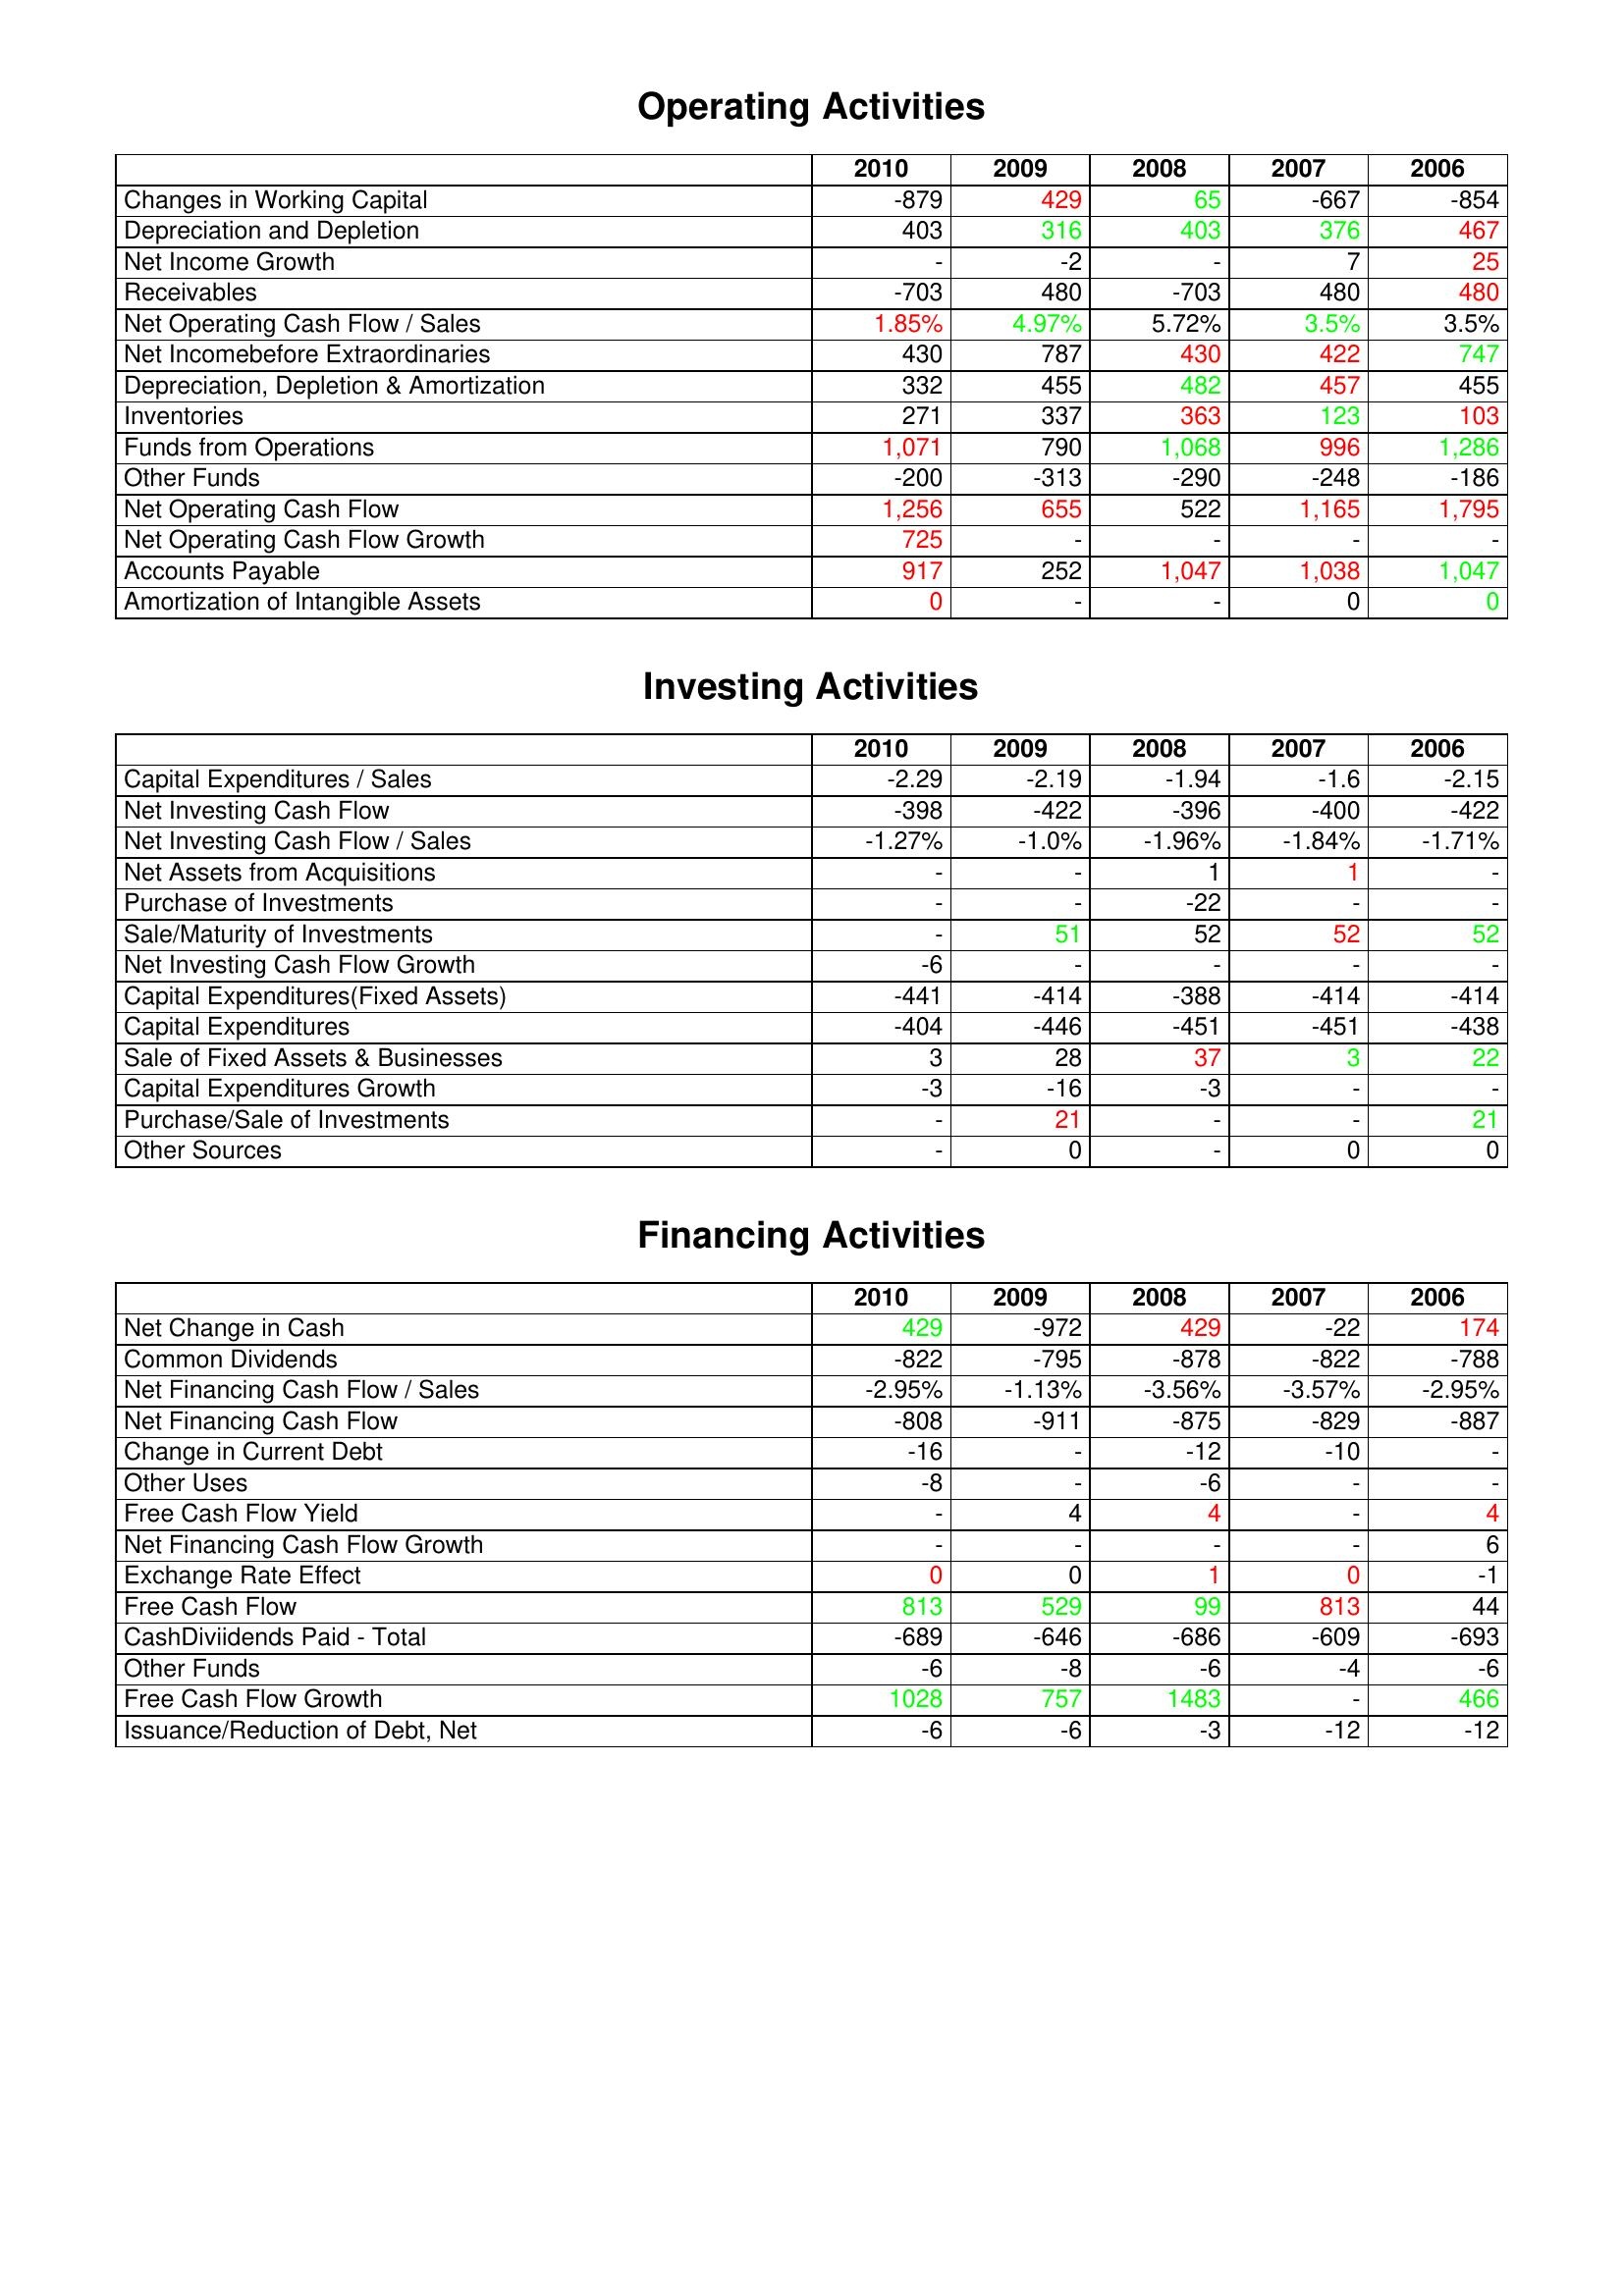
gt_parse: 2010: Operating Activities: Changes in Working Capital: -879
Depreciation and Depletion: 403
Net Income Growth: -
Receivables: -703
Net Operating Cash Flow / Sales: 1.85%
Net Incomebefore Extraordinaries: 430
Depreciation, Depletion & Amortization: 332
Inventories: 271
Funds from Operations: 1,071
Other Funds: -200
Net Operating Cash Flow: 1,256
Net Operating Cash Flow Growth: 725
Accounts Payable: 917
Amortization of Intangible Assets: 0
Investing Activities: Capital Expenditures / Sales: -2.29
Net Investing Cash Flow: -398
Net Investing Cash Flow / Sales: -1.27%
Net Assets from Acquisitions: -
Purchase of Investments: -
Sale/Maturity of Investments: -
Net Investing Cash Flow Growth: -6
Capital Expenditures(Fixed Assets): -441
Capital Expenditures: -404
Sale of Fixed Assets & Businesses: 3
Capital Expenditures Growth: -3
Purchase/Sale of Investments: -
Other Sources: -
Financing Activities: Net Change in Cash: 429
Common Dividends: -822
Net Financing Cash Flow / Sales: -2.95%
Net Financing Cash Flow: -808
Change in Current Debt: -16
Other Uses: -8
Free Cash Flow Yield: -
Net Financing Cash Flow Growth: -
Exchange Rate Effect: 0
Free Cash Flow: 813
CashDiviidends Paid - Total: -689
Other Funds: -6
Free Cash Flow Growth: 1028
Issuance/Reduction of Debt, Net: -6
2009: Operating Activities: Changes in Working Capital: 429
Depreciation and Depletion: 316
Net Income Growth: -2
Receivables: 480
Net Operating Cash Flow / Sales: 4.97%
Net Incomebefore Extraordinaries: 787
Depreciation, Depletion & Amortization: 455
Inventories: 337
Funds from Operations: 790
Other Funds: -313
Net Operating Cash Flow: 655
Net Operating Cash Flow Growth: -
Accounts Payable: 252
Amortization of Intangible Assets: -
Investing Activities: Capital Expenditures / Sales: -2.19
Net Investing Cash Flow: -422
Net Investing Cash Flow / Sales: -1.0%
Net Assets from Acquisitions: -
Purchase of Investments: -
Sale/Maturity of Investments: 51
Net Investing Cash Flow Growth: -
Capital Expenditures(Fixed Assets): -414
Capital Expenditures: -446
Sale of Fixed Assets & Businesses: 28
Capital Expenditures Growth: -16
Purchase/Sale of Investments: 21
Other Sources: 0
Financing Activities: Net Change in Cash: -972
Common Dividends: -795
Net Financing Cash Flow / Sales: -1.13%
Net Financing Cash Flow: -911
Change in Current Debt: -
Other Uses: -
Free Cash Flow Yield: 4
Net Financing Cash Flow Growth: -
Exchange Rate Effect: 0
Free Cash Flow: 529
CashDiviidends Paid - Total: -646
Other Funds: -8
Free Cash Flow Growth: 757
Issuance/Reduction of Debt, Net: -6
2008: Operating Activities: Changes in Working Capital: 65
Depreciation and Depletion: 403
Net Income Growth: -
Receivables: -703
Net Operating Cash Flow / Sales: 5.72%
Net Incomebefore Extraordinaries: 430
Depreciation, Depletion & Amortization: 482
Inventories: 363
Funds from Operations: 1,068
Other Funds: -290
Net Operating Cash Flow: 522
Net Operating Cash Flow Growth: -
Accounts Payable: 1,047
Amortization of Intangible Assets: -
Investing Activities: Capital Expenditures / Sales: -1.94
Net Investing Cash Flow: -396
Net Investing Cash Flow / Sales: -1.96%
Net Assets from Acquisitions: 1
Purchase of Investments: -22
Sale/Maturity of Investments: 52
Net Investing Cash Flow Growth: -
Capital Expenditures(Fixed Assets): -388
Capital Expenditures: -451
Sale of Fixed Assets & Businesses: 37
Capital Expenditures Growth: -3
Purchase/Sale of Investments: -
Other Sources: -
Financing Activities: Net Change in Cash: 429
Common Dividends: -878
Net Financing Cash Flow / Sales: -3.56%
Net Financing Cash Flow: -875
Change in Current Debt: -12
Other Uses: -6
Free Cash Flow Yield: 4
Net Financing Cash Flow Growth: -
Exchange Rate Effect: 1
Free Cash Flow: 99
CashDiviidends Paid - Total: -686
Other Funds: -6
Free Cash Flow Growth: 1483
Issuance/Reduction of Debt, Net: -3
2007: Operating Activities: Changes in Working Capital: -667
Depreciation and Depletion: 376
Net Income Growth: 7
Receivables: 480
Net Operating Cash Flow / Sales: 3.5%
Net Incomebefore Extraordinaries: 422
Depreciation, Depletion & Amortization: 457
Inventories: 123
Funds from Operations: 996
Other Funds: -248
Net Operating Cash Flow: 1,165
Net Operating Cash Flow Growth: -
Accounts Payable: 1,038
Amortization of Intangible Assets: 0
Investing Activities: Capital Expenditures / Sales: -1.6
Net Investing Cash Flow: -400
Net Investing Cash Flow / Sales: -1.84%
Net Assets from Acquisitions: 1
Purchase of Investments: -
Sale/Maturity of Investments: 52
Net Investing Cash Flow Growth: -
Capital Expenditures(Fixed Assets): -414
Capital Expenditures: -451
Sale of Fixed Assets & Businesses: 3
Capital Expenditures Growth: -
Purchase/Sale of Investments: -
Other Sources: 0
Financing Activities: Net Change in Cash: -22
Common Dividends: -822
Net Financing Cash Flow / Sales: -3.57%
Net Financing Cash Flow: -829
Change in Current Debt: -10
Other Uses: -
Free Cash Flow Yield: -
Net Financing Cash Flow Growth: -
Exchange Rate Effect: 0
Free Cash Flow: 813
CashDiviidends Paid - Total: -609
Other Funds: -4
Free Cash Flow Growth: -
Issuance/Reduction of Debt, Net: -12
2006: Operating Activities: Changes in Working Capital: -854
Depreciation and Depletion: 467
Net Income Growth: 25
Receivables: 480
Net Operating Cash Flow / Sales: 3.5%
Net Incomebefore Extraordinaries: 747
Depreciation, Depletion & Amortization: 455
Inventories: 103
Funds from Operations: 1,286
Other Funds: -186
Net Operating Cash Flow: 1,795
Net Operating Cash Flow Growth: -
Accounts Payable: 1,047
Amortization of Intangible Assets: 0
Investing Activities: Capital Expenditures / Sales: -2.15
Net Investing Cash Flow: -422
Net Investing Cash Flow / Sales: -1.71%
Net Assets from Acquisitions: -
Purchase of Investments: -
Sale/Maturity of Investments: 52
Net Investing Cash Flow Growth: -
Capital Expenditures(Fixed Assets): -414
Capital Expenditures: -438
Sale of Fixed Assets & Businesses: 22
Capital Expenditures Growth: -
Purchase/Sale of Investments: 21
Other Sources: 0
Financing Activities: Net Change in Cash: 174
Common Dividends: -788
Net Financing Cash Flow / Sales: -2.95%
Net Financing Cash Flow: -887
Change in Current Debt: -
Other Uses: -
Free Cash Flow Yield: 4
Net Financing Cash Flow Growth: 6
Exchange Rate Effect: -1
Free Cash Flow: 44
CashDiviidends Paid - Total: -693
Other Funds: -6
Free Cash Flow Growth: 466
Issuance/Reduction of Debt, Net: -12